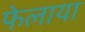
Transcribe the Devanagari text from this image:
फेलाया